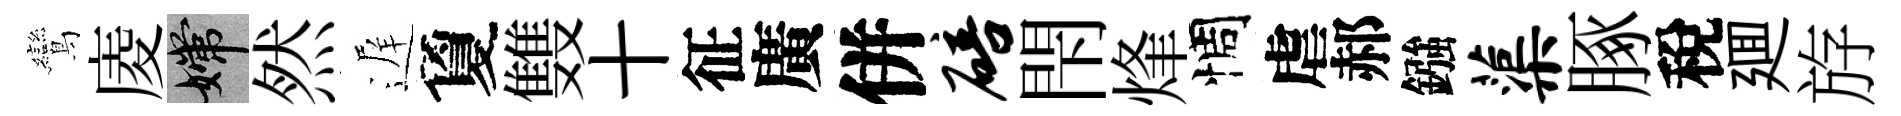
鸞庱嫦然遅夐䨇十征廣併碚閇烽惆虐郝鏹蕖䐁稅廽斿